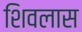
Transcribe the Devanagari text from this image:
शिवलास